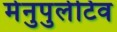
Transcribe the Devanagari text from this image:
मेनुपुलेटिव